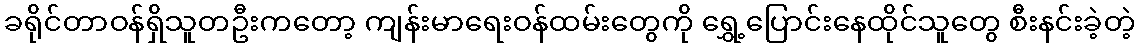
ခရိုင်တာဝန်ရှိသူတဦးကတော့ ကျန်းမာရေးဝန်ထမ်းတွေကို ရွှေ့ပြောင်းနေထိုင်သူတွေ စီးနင်းခဲ့တဲ့